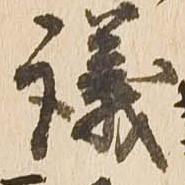
議